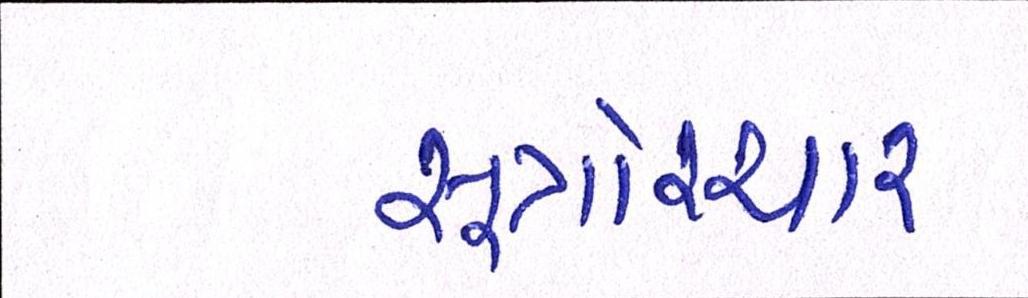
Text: સૂત્રોચ્ચાર